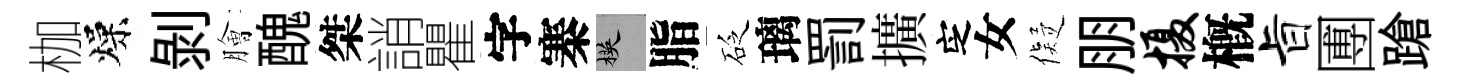
枷燥剥膾醜桀誚瞿字寨楧脂砭璃罰擴㝎女儗朋摄槪旨圑蹌